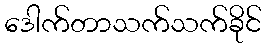
ဒေါက်တာသက်သက်ခိုင်